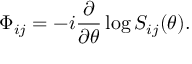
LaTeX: \Phi _ { i j } = - i \frac { \partial } { \partial \theta } \log S _ { i j } ( \theta ) .